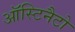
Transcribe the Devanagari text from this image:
ऑस्टिनैटो